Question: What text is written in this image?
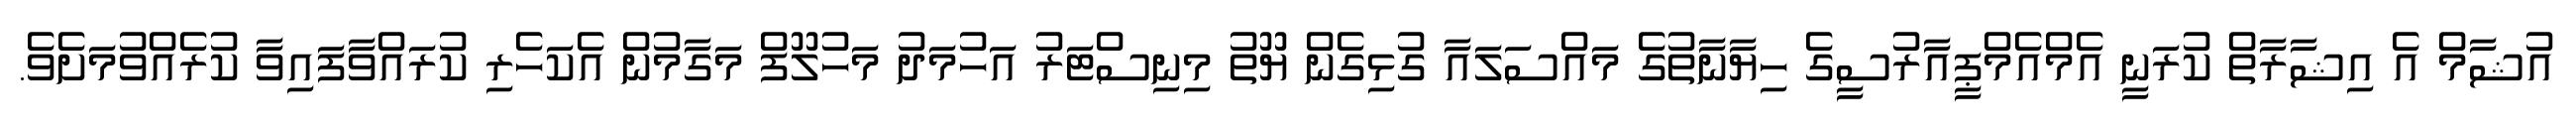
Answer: އުޝާމް އެ އިޝާރާތް ކުރަނީ އެމްއެމްޕީއާރުސީގެ ހިޔާނާތުގެ މައްސަލައާ ގުޅިގެން ޔޫތު މިނިސްޓަރު އަހުމަދު މަހުލޫފް މަގާމުން އެކަހެރި ކުރައްވާފައިވާ ކުރެއްވުމަށެވެ.